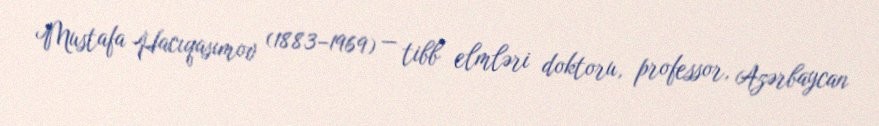
Mustafa Hacıqasımov (1883–1969) — tibb elmləri doktoru, professor, Azərbaycan